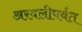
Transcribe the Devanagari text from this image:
अरवलीपर्वत